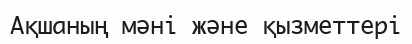
Ақшаның мәні және қызметтері